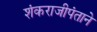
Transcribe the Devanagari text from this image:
शंकराजीपंताने